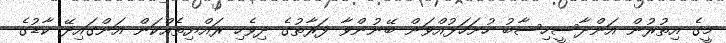
މީގެ އިތުރުން އަންދާސީހިސާބު ހުށަހަޅުއްވަން ބޭނުންވާ ފަރާތުގެ ދިވެހި ރައްޔިތެއްކަން އަންގައިދޭ ކާޑުގެ